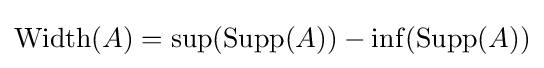
\operatorname {Width} (A)=\sup(\operatorname {Supp} (A))-\inf(\operatorname {Supp} (A))